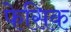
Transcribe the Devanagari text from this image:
फेसिक